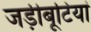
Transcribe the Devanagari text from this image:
जड़ीबूटियां